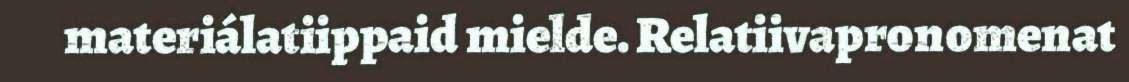
materiálatiippaid mielde. Relatiivapronomenat